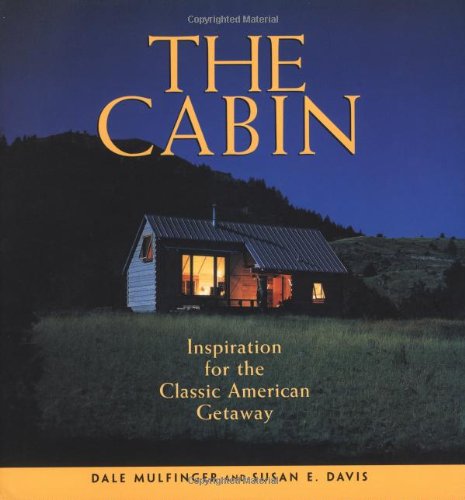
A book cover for The Cabin: Inspiration for the Classic American Getaway; Dale Mulfinger; Crafts, Hobbies & Home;